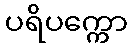
ပရိပက္ကော